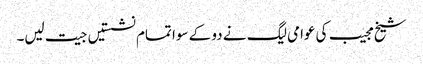
شیخ مجیب کی عوامی لیگ نے دو کے سوا تمام نشستیں جیت لیں۔